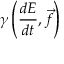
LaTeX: \gamma \left( { \frac { d E } { d t } } , { \vec { f } } \right)